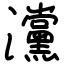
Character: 灙